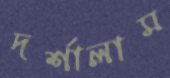
দর্শালাম